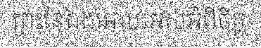
ព្រះនៃឯងអោយអស់អំពីចិត្ត